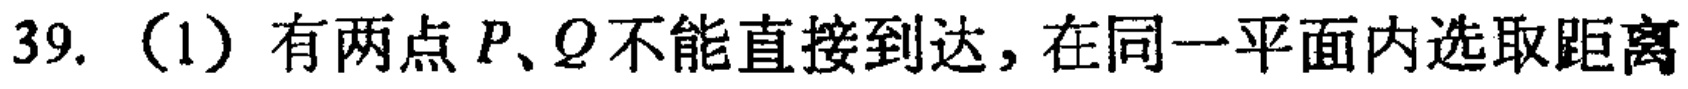
39. （1）有两点\(P、Q\)不能直接到达，在同一平面内选取距离